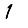
Digit: 1